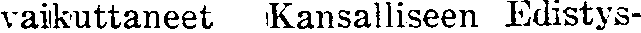
vaikuttaneet Kansalliseen Edistys-